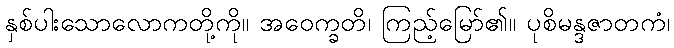
နှစ်ပါးသောလောကတို့ကို။ အဝေက္ခတိ၊ ကြည့်မြော်၏။ ပုစိမန္ဒဇာတကံ၊